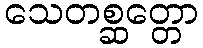
သေတစ္ဆတ္တော